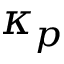
\kappa _ { p }